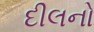
દીલનો